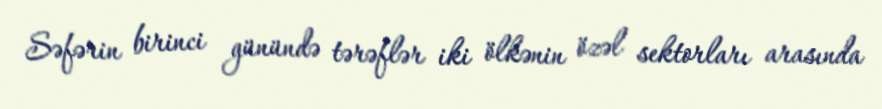
Səfərin birinci günündə tərəflər iki ölkənin özəl sektorları arasında